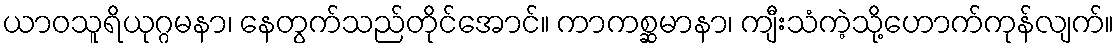
ယာဝသူရိယုဂ္ဂမနာ၊ နေတွက်သည်တိုင်အောင်။ ကာကစ္ဆမာနာ၊ ကျီးသံကဲ့သို့ဟောက်ကုန်လျက်။